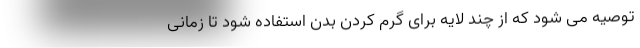
توصیه می شود که از چند لایه برای گرم کردن بدن استفاده شود تا زمانی